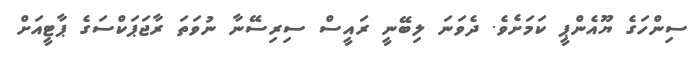
ސިންހަގެ ޔޫއެންޕީ ކަމަށެވެ. ދެވަނަ ލިބޭނީ ރައީސް ސިރިސޭނާ ނުވަތަ ރާޖަޕަކްސަގެ ޕާޓީއަށް